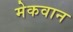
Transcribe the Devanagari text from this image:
मेकवान